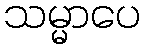
သမ္မာပေ